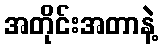
အတိုင်းအတာနဲ့